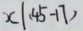
x \vert ( 4 5 - 1 7 )